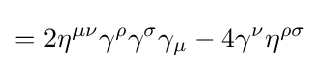
=2\eta ^{\mu \nu }\gamma ^{\rho }\gamma ^{\sigma }\gamma _{\mu }-4\gamma ^{\nu }\eta ^{\rho \sigma }